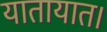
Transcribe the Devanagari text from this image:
यातायात।